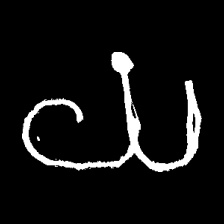
Pyu character \u2014 Myanmar letter: ယ (romanized: ya)